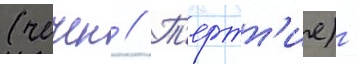
(чечен // Т'ертт'ие) -